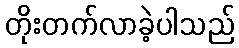
တိုးတက်လာခဲ့ပါသည်